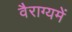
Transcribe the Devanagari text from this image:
वैराग्यमें